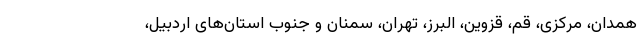
همدان، مرکزی، قم، قزوین، البرز، تهران، سمنان و جنوب استان‌های اردبیل،